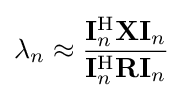
\lambda _{n}\approx {\frac {\mathbf {I} _{n}^{\mathrm {H} }\mathbf {X} \mathbf {I} _{n}}{\mathbf {I} _{n}^{\mathrm {H} }\mathbf {R} \mathbf {I} _{n}}}